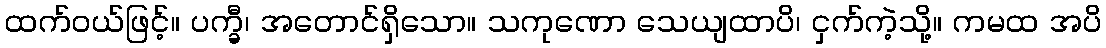
ထက်ဝယ်ဖြင့်။ ပက္ခီ၊ အတောင်ရှိသော။ သကုဏော သေယျထာပိ၊ ငှက်ကဲ့သို့။ ကမထ အပိ